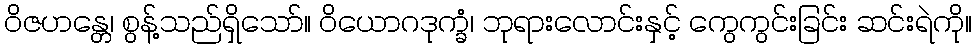
ဝိဇဟန္တေ၊ စွန့်သည်ရှိသော်။ ဝိယောဂဒုက္ခံ၊ ဘုရားလောင်းနှင့် ကွေကွင်းခြင်း ဆင်းရဲကို။